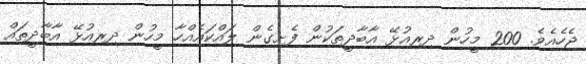
ޖެހެއެވެ. 200 މީހުން ދިރިއުޅޭ އާބާދީތަކުން ފެށިގެން ލައްކައެއްހާ މީހުން ދިރިއުޅޭ އާބާދީތައް